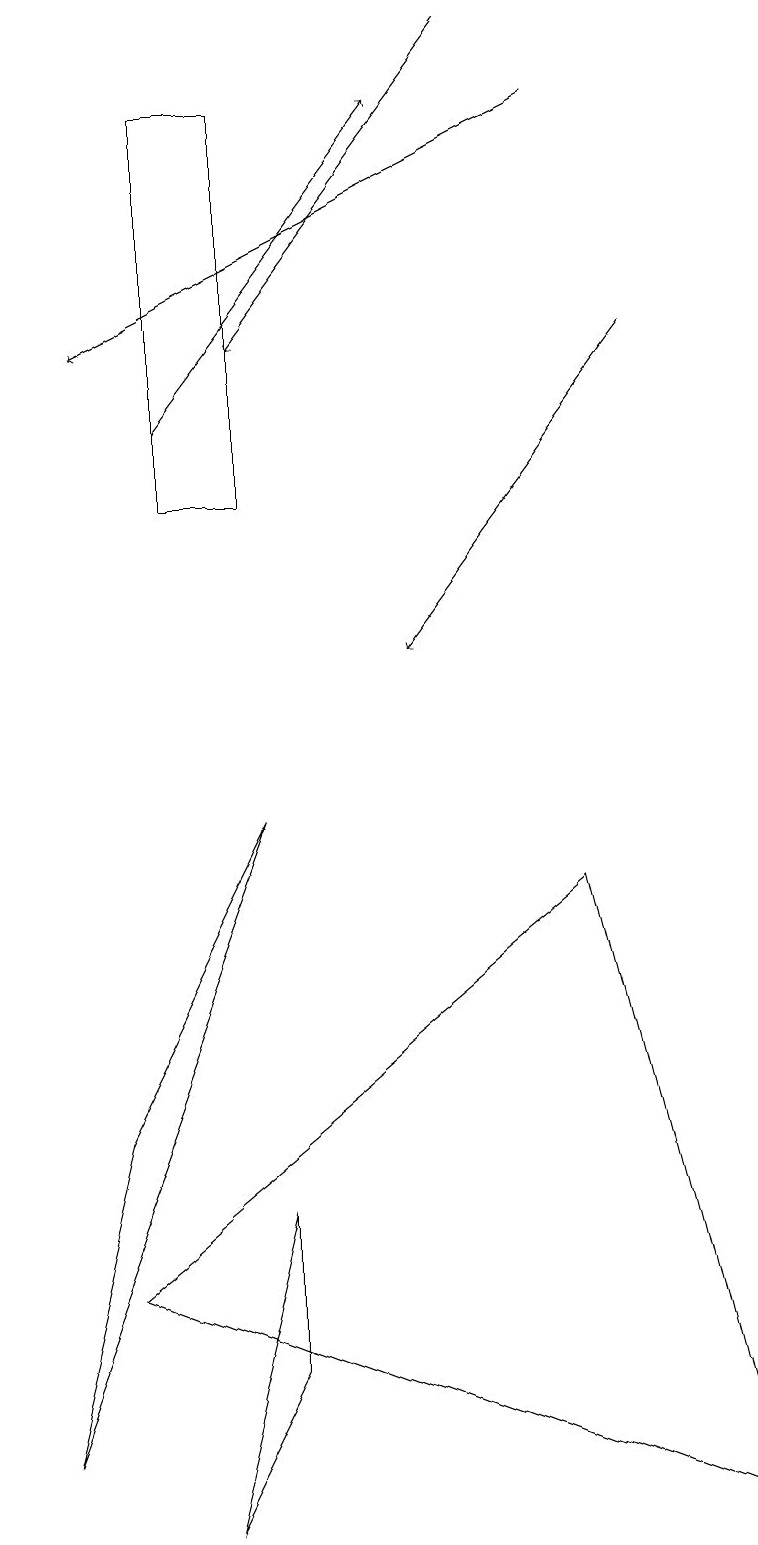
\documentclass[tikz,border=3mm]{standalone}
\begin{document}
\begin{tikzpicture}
\draw[->] (6,19) -- (3,15);
\draw[->] (8,15) -- (5,11);
\draw (1,3) -- (9,0) -- (7,8) -- cycle;
\draw (1,5) -- (3,9) -- (0,1) -- cycle;
\draw (3,4) -- (3,2) -- (2,0) -- cycle;
\draw[->] (7,18) -- (1,15);
\draw (3,13) rectangle (2,18);
\draw[->] (2,14) -- (5,18);
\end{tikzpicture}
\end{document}